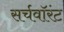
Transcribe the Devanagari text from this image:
सर्चवॉरंट